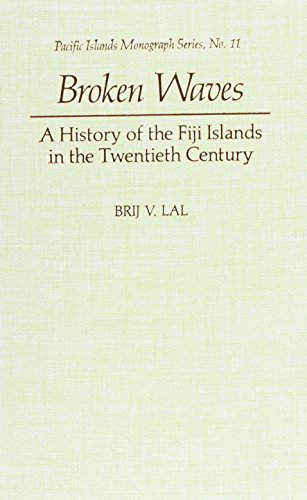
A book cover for Broken Waves: A History of the Fiji Islands in the Twentieth Century; Brij V. Lal; History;